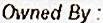
OWNED BY :